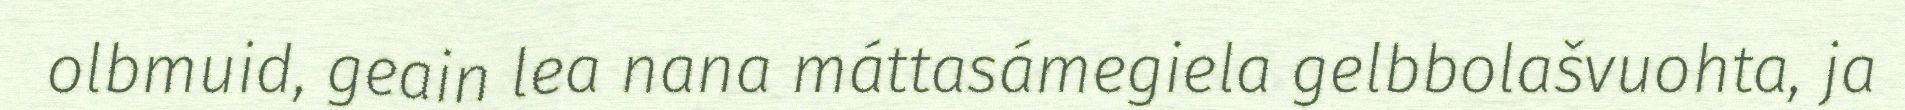
olbmuid, geain lea nana máttasámegiela gelbbolašvuohta, ja